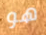
هو